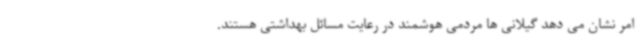
امر نشان می دهد گیلانی ها مردمی هوشمند در رعایت مسائل بهداشتی هستند.